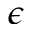
\epsilon